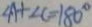
\angle A + \angle C = 1 8 0 ^ { \circ }